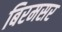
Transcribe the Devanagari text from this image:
बिरमसर